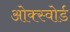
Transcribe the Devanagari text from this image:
ओक्स्वोर्ड